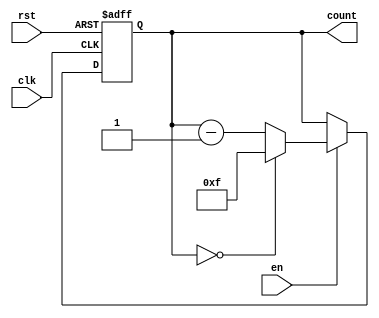
module binary_down_counter #(
    parameter WIDTH = 4  // Specify the width of the counter (number of bits)
)(
    input wire clk,      // Clock signal
    input wire rst,      // Asynchronous active-high reset
    input wire en,       // Enable signal for counting
    output reg [WIDTH-1:0] count // Current count output
);

// Define the maximum value based on the width
localparam MAX_COUNT = (1 << WIDTH) - 1;

always @(posedge clk or posedge rst) begin
    if (rst) begin
        // Reset the count to the maximum value
        count <= MAX_COUNT;
    end else if (en) begin
        // Decrement the count, wrapping around to MAX_COUNT if necessary
        if (count == 0) begin
            count <= MAX_COUNT;
        end else begin
            count <= count - 1;
        end
    end
end

endmodule